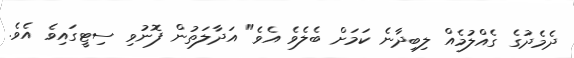
ދެމެދުގެ ގެއްލުމެއް ލިބިދާނެ ކަމަށް ބެލެވެ އެވެ" އަދާލަތުން ފޮނުވި ސިޓީގައިވެ އެވެ.